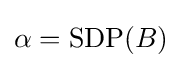
\alpha ={\text{SDP}}(B)